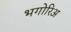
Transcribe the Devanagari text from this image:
भगोरिअ